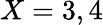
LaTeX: X=3,4